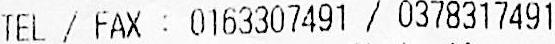
TEL / FAX : 0163307491 / 0378317491